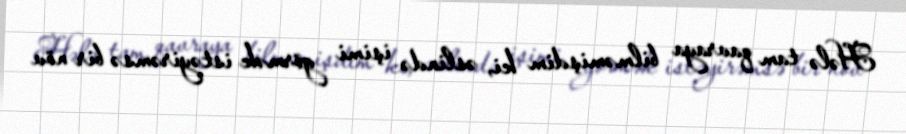
Hələ tam qavraya bilməmişdim ki, əslində işimi görmək istəyirəmsə bir növ